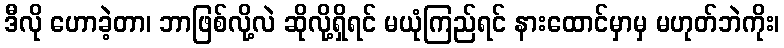
ဒီလို ဟောခဲ့တာ၊ ဘာဖြစ်လို့လဲ ဆိုလို့ရှိရင် မယုံကြည်ရင် နားထောင်မှာမှ မဟုတ်ဘဲကိုး၊